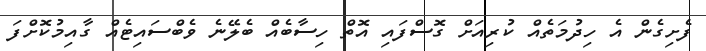
ފެށިގެން އެ ހިދުމަތެއް ކުރިއަށް ގޮސްފައި އޮތް ހިސާބެއް ބެލޭނެ ވެބްސައިޓެއް ގާއިމުކޮށްފަ